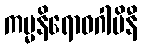
ကမ္မနိရောဓဂါမိနီ